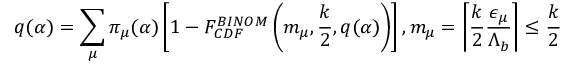
q ( \alpha ) = \sum _ { \mu } { \pi } _ { \mu } ( \alpha ) \left[ 1 - F _ { C D F } ^ { B I N O M } \left( m _ { \mu } , \frac { k } { 2 } , q ( \alpha ) \right) \right] , m _ { \mu } = \left\lceil { \frac { k } { 2 } \frac { { \epsilon } _ { \mu } } { { \Lambda } _ { b } } } \right\rceil \leq \frac { k } { 2 }